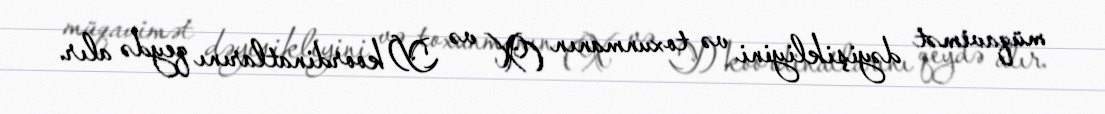
müqavimət dəyişikliyini və toxunmanın (X və Y) koordinatlarını qeydə alır.